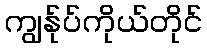
ကျွန်ုပ်ကိုယ်တိုင်